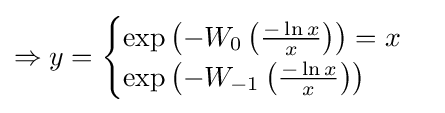
\Rightarrow y={\begin{cases}\exp \left(-W_{0}\left({\frac {-\ln x}{x}}\right)\right)=x\\\exp \left(-W_{-1}\left({\frac {-\ln x}{x}}\right)\right)\end{cases}}